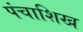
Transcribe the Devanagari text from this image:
पंचाशिख